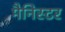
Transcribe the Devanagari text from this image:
मैनिस्टर